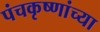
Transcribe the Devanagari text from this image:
पंचकृष्णांच्या